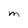
Character: M